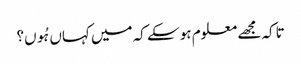
تاکہ مجھے معلوم ہو سکے کہ میں کہاں ہُوں؟